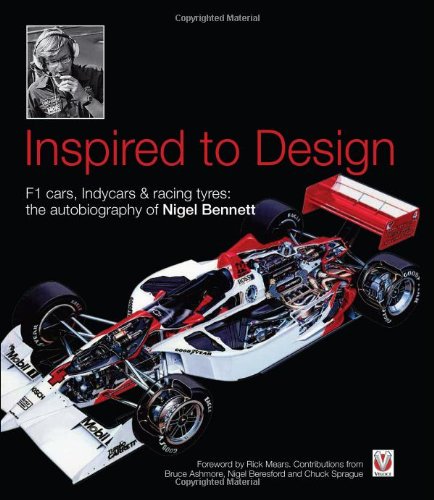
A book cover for Inspired to Design: F1 cars, Indycars & racing tyres: the autobiography of Nigel Bennett; Nigel Bennett; Engineering & Transportation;